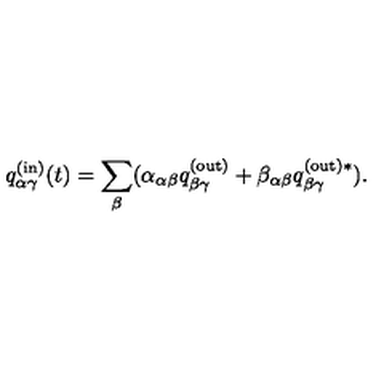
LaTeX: q _ { \alpha \gamma } ^ { \mathrm { ( i n ) } } ( t ) = \sum _ { \beta } ( \alpha _ { \alpha \beta } q _ { \beta \gamma } ^ { \mathrm { ( o u t ) } } + \beta _ { \alpha \beta } q _ { \beta \gamma } ^ { \mathrm { ( o u t ) } \ast } ) .